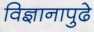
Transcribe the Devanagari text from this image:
विज्ञानापुढे